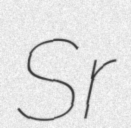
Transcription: Sr